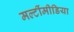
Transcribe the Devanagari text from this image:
मल्टींमीडिया